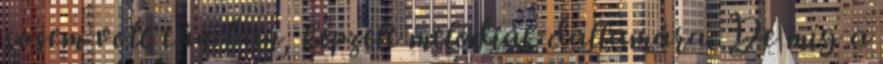
sosem volt táncban, képzelt melódiák dallamára. De míg a